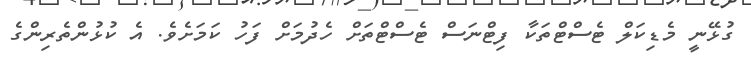
ގުޅޭނީ މެޑިކަލް ޓެސްޓްތަކާ ފިޓްނަސް ޓެސްޓްތަށް ހެދުމަށް ފަހު ކަމަށެވެ. އެ ކުޅުންތެރިންގެ